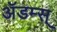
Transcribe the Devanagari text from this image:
ॲडम्स्